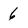
Character: 6